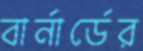
বার্নার্ডের